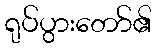
ရုပ်ပွားတော်၏